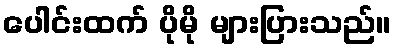
ပေါင်းထက် ပိုမို များပြားသည်။